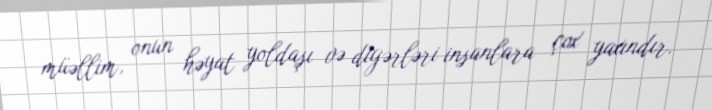
müəllim, onun həyat yoldaşı və digərləri insanlara çox yaxındır.